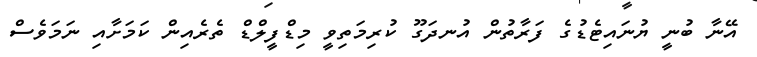
އޭނާ ބުނީ ޔުނައިޓެޑުގެ ފަރާތުން އުނދަގޫ ކުރިމަތިވީ މިޑްފީލްޑް ތެރެއިން ކަމަށާއި ނަމަވެސް